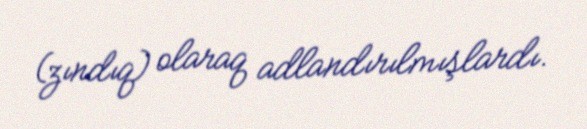
(zındıq) olaraq adlandırılmışlardı.